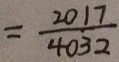
= \frac { 2 0 1 7 } { 4 0 3 2 }